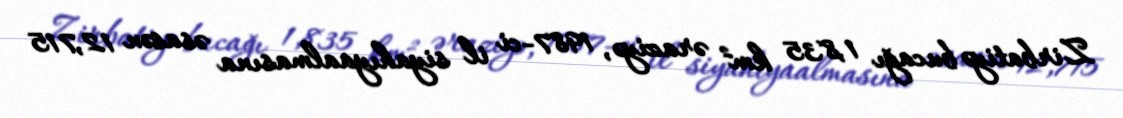
Zirbatiyə bucağı 1,835 km² əraziyə, 1987-ci il siyahıyaalmasına əsasən 12,715